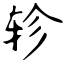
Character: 轸